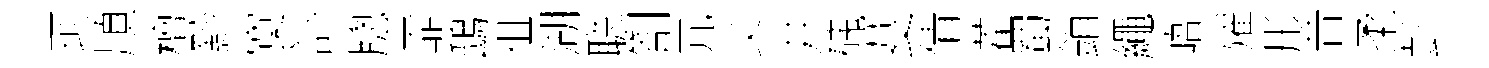
珂順檀黔寞訃牕霏鴟徂湖聪劄冗父井磈芟倩藿蜀銷繩峿燿彤昔柔彭